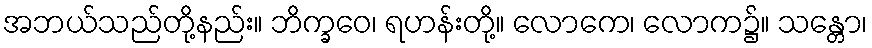
အဘယ်သည်တို့နည်း။ ဘိက္ခဝေ၊ ရဟန်းတို့။ လောကေ၊ လောက၌။ သန္တော၊